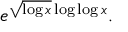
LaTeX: e ^ { { \sqrt { \log x } } \log \log x } .